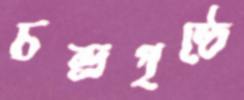
চন্দ্রপৃষ্ঠে